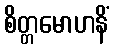
စိတ္တမောဟနိံ